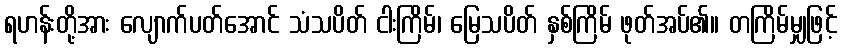
ရဟန်းတို့အား လျောက်ပတ်အောင် သံသပိတ် ငါးကြိမ်၊ မြေသပိတ် နှစ်ကြိမ် ဖုတ်အပ်၏။ တကြိမ်မျှဖြင့်